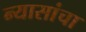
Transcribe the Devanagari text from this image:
न्यासांचा